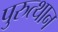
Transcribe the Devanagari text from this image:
पुरुत्थान